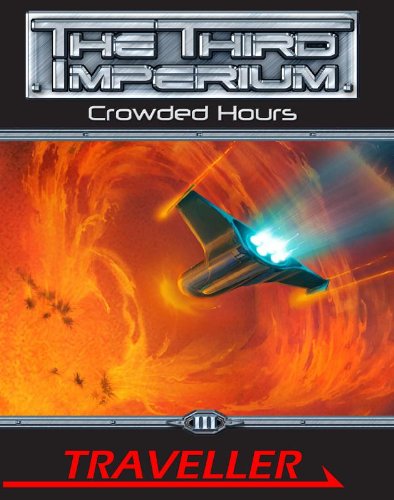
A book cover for Traveller: Crowded Hours (MGP6160); Various; Science Fiction & Fantasy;